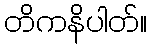
တိကနိပါတ်။